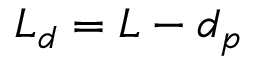
L _ { d } = L - d _ { p }